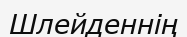
Шлейденнің